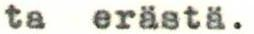
ta erästä.